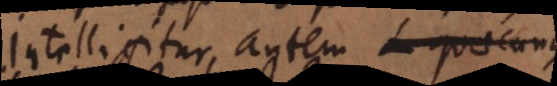
Intelligitur autem L quaecunque